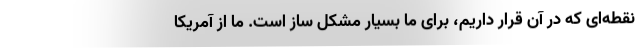
نقطه‌ای که در آن قرار داریم، برای ما بسیار مشکل ساز است. ما از آمریکا